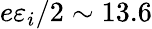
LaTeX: e\varepsilon_{i}/2\sim 13.6